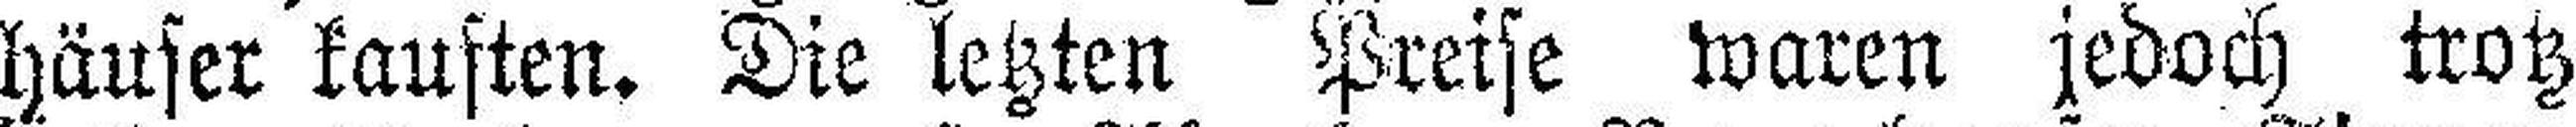
häuser kauften. Die letzten Preise waren jedoch trotz